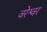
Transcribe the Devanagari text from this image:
वरेश्वर